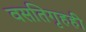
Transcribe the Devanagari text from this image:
वसतिगृहही